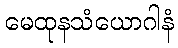
မေထုနသံယောဂါနံ